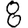
Digit: 8